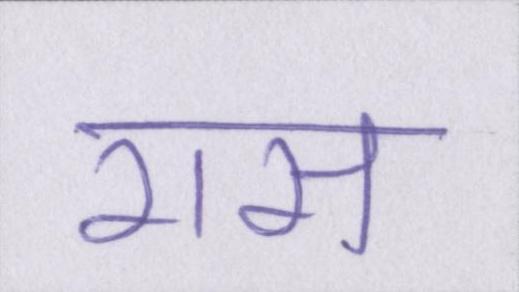
रास